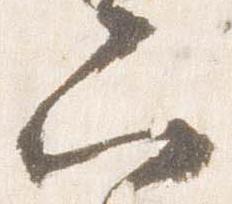
六